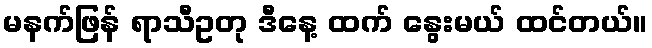
မနက်ဖြန် ရာသီဥတု ဒီနေ့ ထက် နွေးမယ် ထင်တယ်။